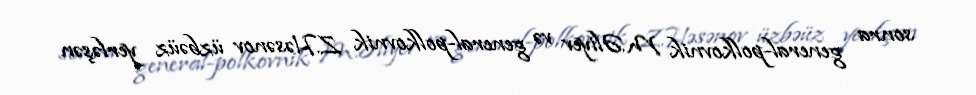
sonra general-polkovnik M.Əliyev və general-polkovnik Z.Həsənov üzbəüz yerləşən